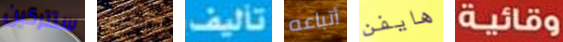
ستتركين تتركنى تأليف أتباعه هايفن وقائية